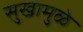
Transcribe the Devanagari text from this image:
सुखामुळे